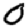
Digit: 0